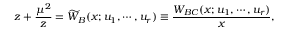
z + { \frac { \mu ^ { 2 } } { z } } = \widetilde { W } _ { B } ( x ; u _ { 1 } , \cdots , u _ { r } ) \equiv { \frac { W _ { B C } ( x ; u _ { 1 } , \cdots , u _ { r } ) } { x } } ,